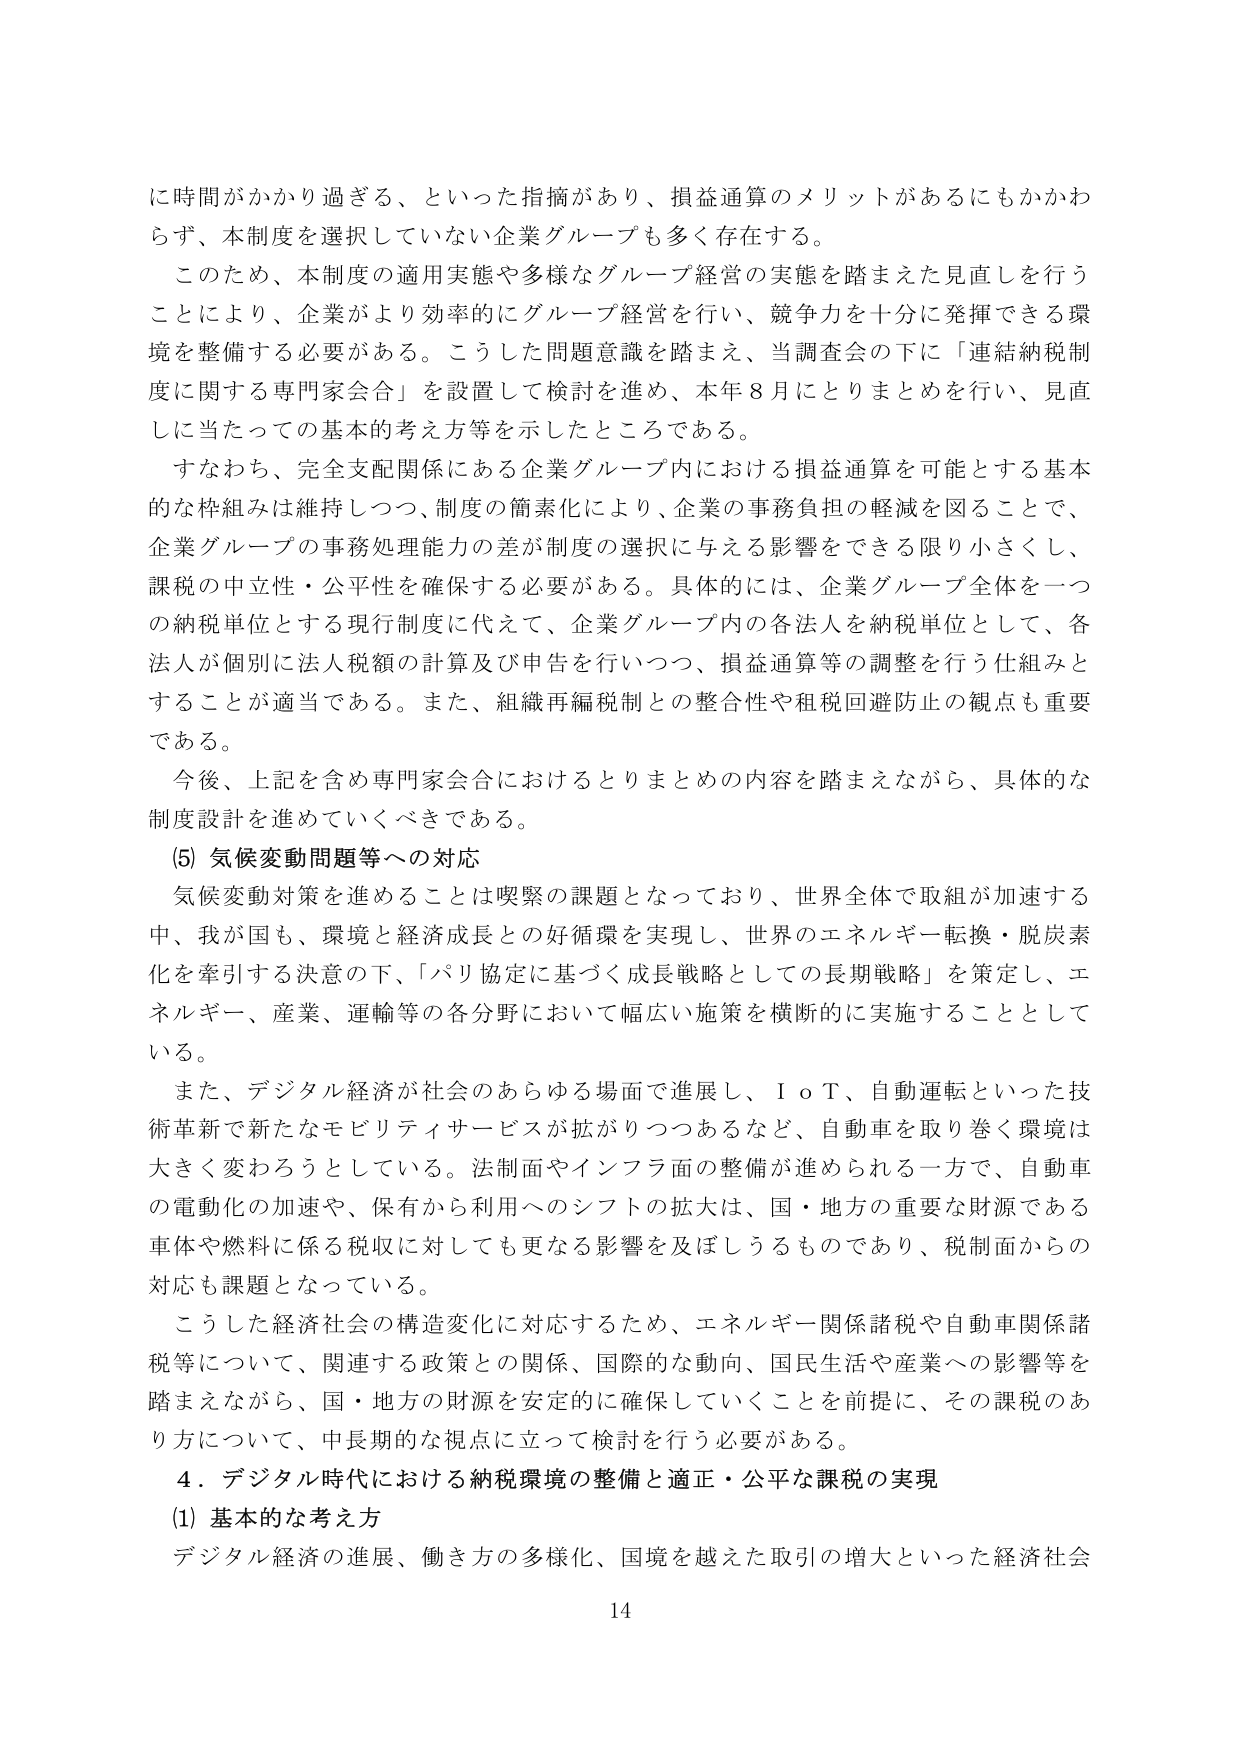
に時間がかかり過ぎる、といった指摘があり、損益通算のメリットがあるにもかかわらず、本制度を選択していない企業グループも多く存在する。

このため、本制度の適用実態や多様なグループ経営の実態を踏まえた見直しを行うことにより、企業がより効率的にグループ経営を行い、競争力を十分に発揮できる環境を整備する必要がある。こうした問題意識を踏まえ、当調査会の下に「連結納税制度に関する専門家会合」を設置して検討を進め、本年８月にとりまとめを行い、見直しに当たっての基本的考え方等を示したところである。

すなわち、完全支配関係にある企業グループ内における損益通算を可能とする基本的な枠組みは維持しつつ、制度の簡素化により、企業の事務負担の軽減を図ることで、企業グループの事務処理能力の差が制度の選択に与える影響をできる限り小さくし、課税の中立性・公平性を確保する必要がある。具体的には、企業グループ全体を一つの納税単位とする現行制度に代えて、企業グループ内の各法人を納税単位として、各法人が個別に法人税額の計算及び申告を行いつつ、損益通算等の調整を行う仕組みとすることが適当である。また、組織再編税制との整合性や租税回避防止の観点も重要である。

今後、上記を含め専門家会合におけるとりまとめの内容を踏まえながら、具体的な制度設計を進めていくべきである。

(5) 気候変動問題等への対応

気候変動対策を進めることは喫緊の課題となっており、世界全体で取組が加速する中、我が国も、環境と経済成長との好循環を実現し、世界のエネルギー転換・脱炭素化を牽引する決意の下、「パリ協定に基づく成長戦略としての長期戦略」を策定し、エネルギー、産業、運輸等の各分野において幅広い施策を横断的に実施することとしている。

また、デジタル経済が社会のあらゆる場面で進展し、ＩｏＴ、自動運転といった技術革新で新たなモビリティサービスが拡がりつつあるなど、自動車を取り巻く環境は大きく変わろうとしている。法制面やインフラ面の整備が進められる一方で、自動車の電動化の加速や、保有から利用へのシフトの拡大は、国・地方の重要な財源である車体や燃料に係る税収に対しても更なる影響を及ぼしうるものであり、税制面からの対応も課題となっている。

こうした経済社会の構造変化に対応するため、エネルギー関係諸税や自動車関係諸税等について、関連する政策との関係、国際的な動向、国民生活や産業への影響等を踏まえながら、国・地方の財源を安定的に確保していくことを前提に、その課税のあり方について、中長期的な視点に立って検討を行う必要がある。

４．デジタル時代における納税環境の整備と適正・公平な課税の実現

(1) 基本的な考え方

デジタル経済の進展、働き方の多様化、国境を越えた取引の増大といった経済社会

14